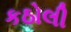
કઠોલી